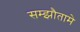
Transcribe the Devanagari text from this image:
सम्झौतामे